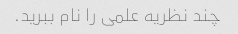
چند نظریه علمی را نام ببرید.